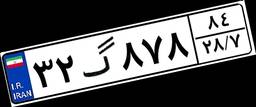
۳۲گ۸۷۸۸۴